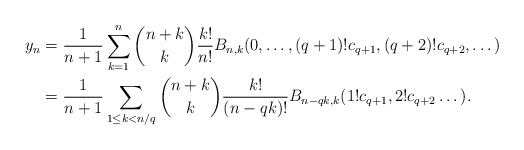
\begin{align*} y_n &=\frac{1}{n+1}\sum_{k=1}^{n} \binom{n+k}{k}\frac{k!}{n!} B_{n,k}(0,\dots,(q+1)!c_{q+1},(q+2)!c_{q+2},\dots) \\ &=\frac{1}{n+1}\sum_{1\le k< n/q} \binom{n+k}{k}\frac{k!}{(n-qk)!} B_{n-qk,k}(1!c_{q+1},2!c_{q+2}\dots).\end{align*}